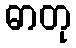
ဓာတု